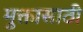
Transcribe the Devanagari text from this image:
मुक्तासाठी